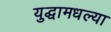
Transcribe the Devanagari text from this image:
युद्धामधल्या